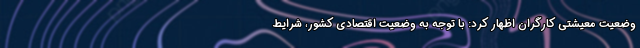
وضعیت معیشتی کارگران اظهار کرد: با توجه به وضعیت اقتصادی کشور، شرایط